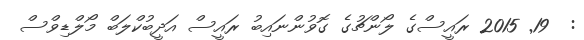
:  19